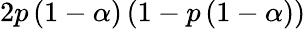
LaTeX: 2p\left(1-\alpha\right)\left(1-p\left(1-\alpha\right)\right)